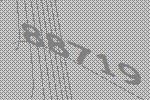
88719